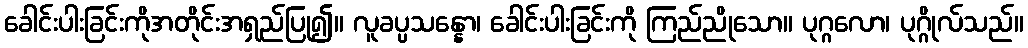
ခေါင်းပါးခြင်းကိုအတိုင်းအရှည်ပြု၍။ လူခပ္ပသန္နော၊ ခေါင်းပါးခြင်းကို ကြည်ညိုသော။ ပုဂ္ဂလော၊ ပုဂ္ဂိုလ်သည်။